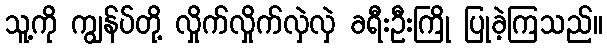
သူ့ကို ကျွန်ပ်တို့ လှိုက်လှိုက်လှဲလှဲ ခရီးဦးကြို ပြုခဲ့ကြသည်။